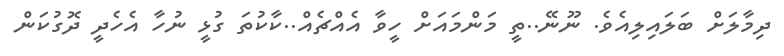
ދިމާލަށް ބަލައިލިއެވެ. ނޫނޭ..ތީ މަންމައަށް ހީވާ އެއްޗެއް..ކާކުތަ ގުޅީ ނުހާ އެހެދީ ދޮގުކަން